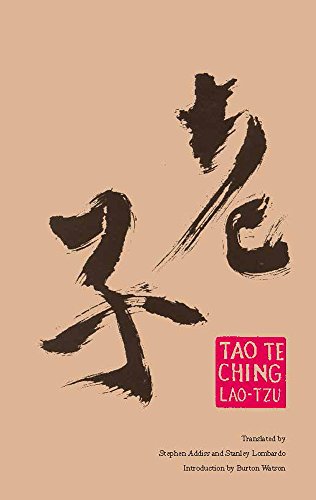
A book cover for Tao Te Ching (Hackett Classics); Lao-Tzu; Religion & Spirituality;